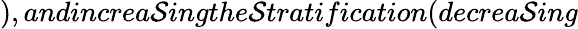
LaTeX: ),andincrea\mathcal{S}ingthe\mathcal{S}tratification(decrea\mathcal{S}ing